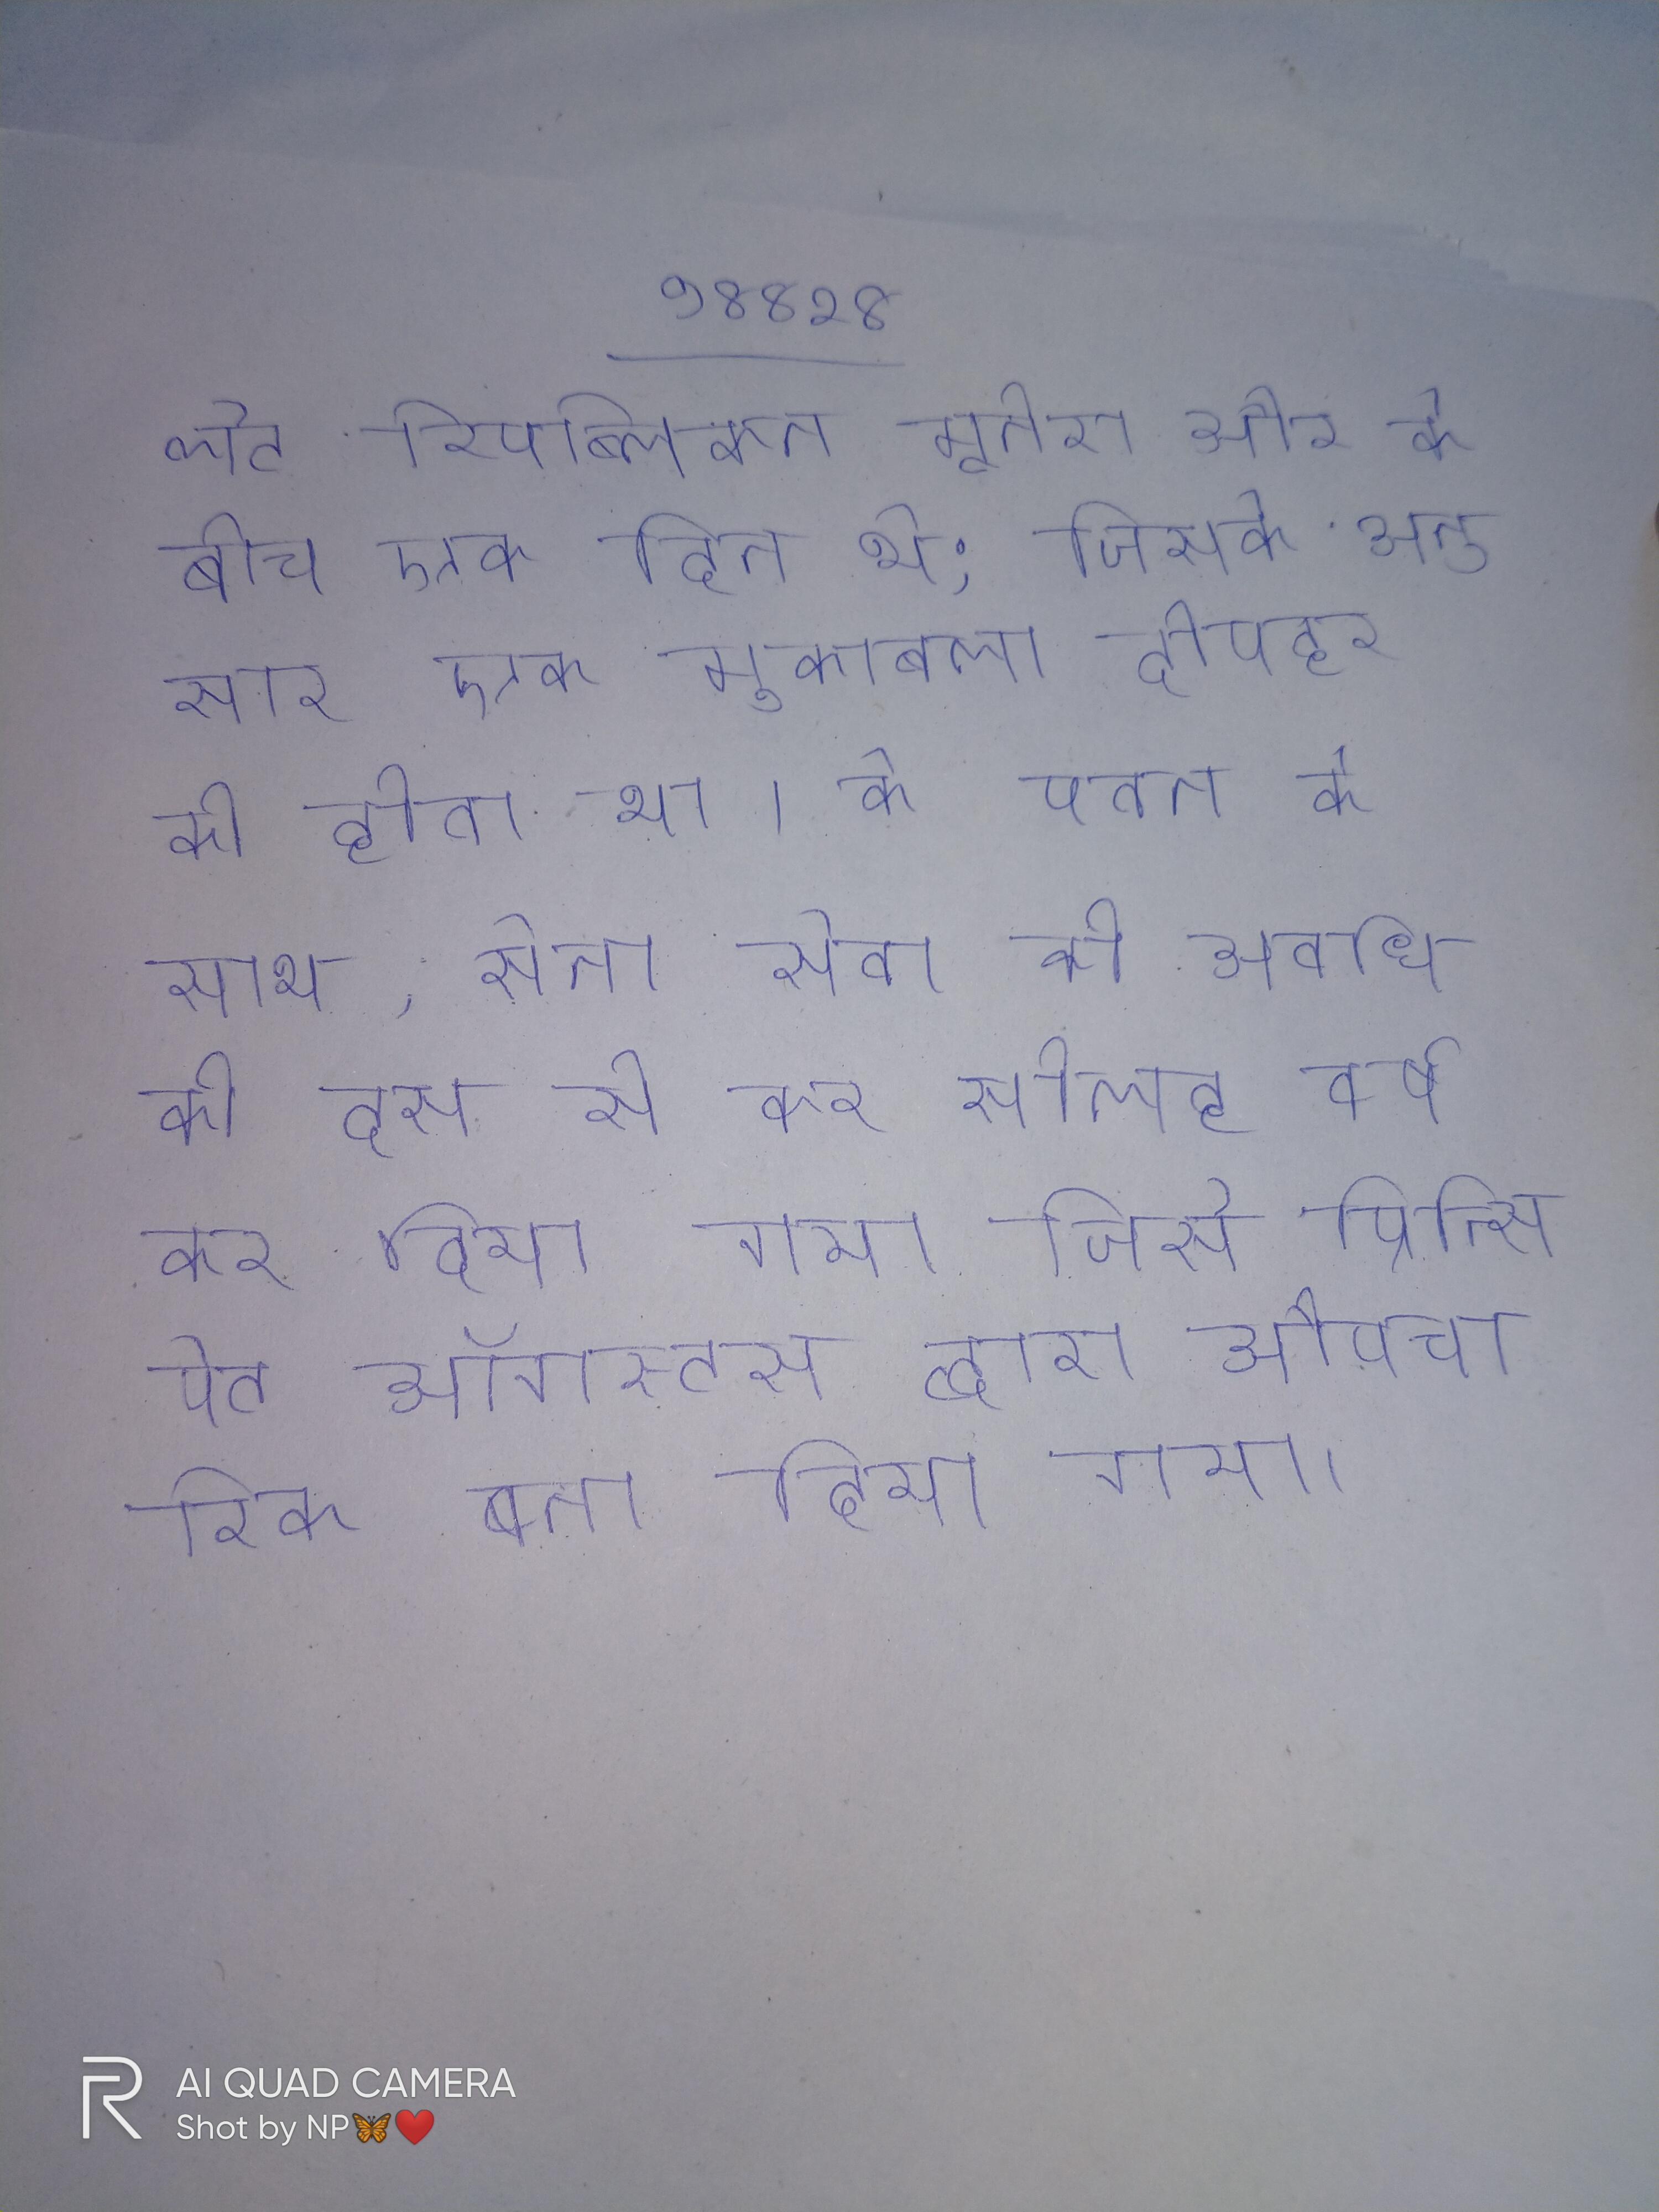
लेट रिपब्लिकन मुनेरा और के बीच एक दिन थे; जिसके अनुसार एक मुकाबला दोपहर को होता था । के पतन के साथ, सेना सेवा की अवधि को दस से कर सोलह वर्ष कर दिया गया जिसे प्रिन्सिपेट ऑगस्टस द्वारा औपचारिक बना दिया गया ।